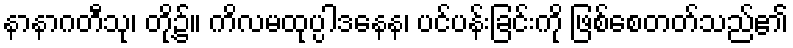
နာနာဂတီသု၊ တို့၌။ ကိလမထုပ္ပါဒနေန၊ ပင်ပန်းခြင်းကို ဖြစ်စေတတ်သည်၏